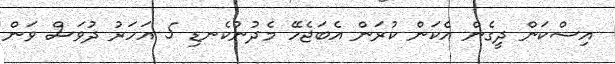
އިސްކަން ދީގެން އެކަން ކުރަން އެބަޖެހޭ މެދުނުކެނޑި 5 އަހަރު ދުވަސް ވަން